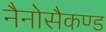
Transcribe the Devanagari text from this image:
नैनोसैकण्ड